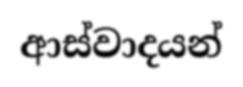
ආස්වාදයන්